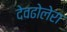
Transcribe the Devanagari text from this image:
देवढोलेरा